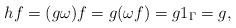
LaTeX: \begin{align*}h f= (g \omega)f = g(\omega f) = g 1_\Gamma = g,\end{align*}